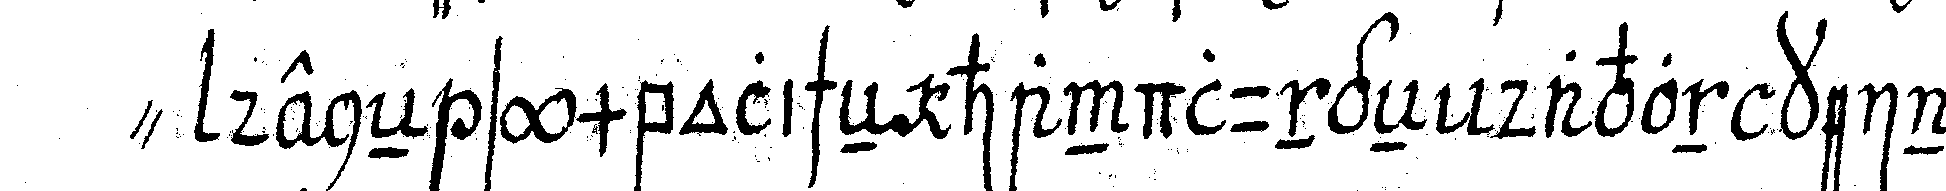
" deneN symbolischeN handlungeN davon keine